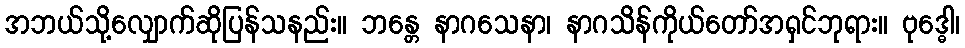
အဘယ်သို့လျှောက်ဆိုပြန်သနည်း။ ဘန္တေ နာဂသေနာ၊ နာဂသိန်ကိုယ်တော်အရှင်ဘုရား။ ဗုဒ္ဓေါ၊